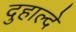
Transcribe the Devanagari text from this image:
दुहाल्दे